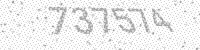
Solution: 737574